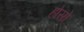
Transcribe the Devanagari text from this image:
होसो